King Institute of Preventive Medicine Micro-Biological Section reports 1912-19
Year: 1912
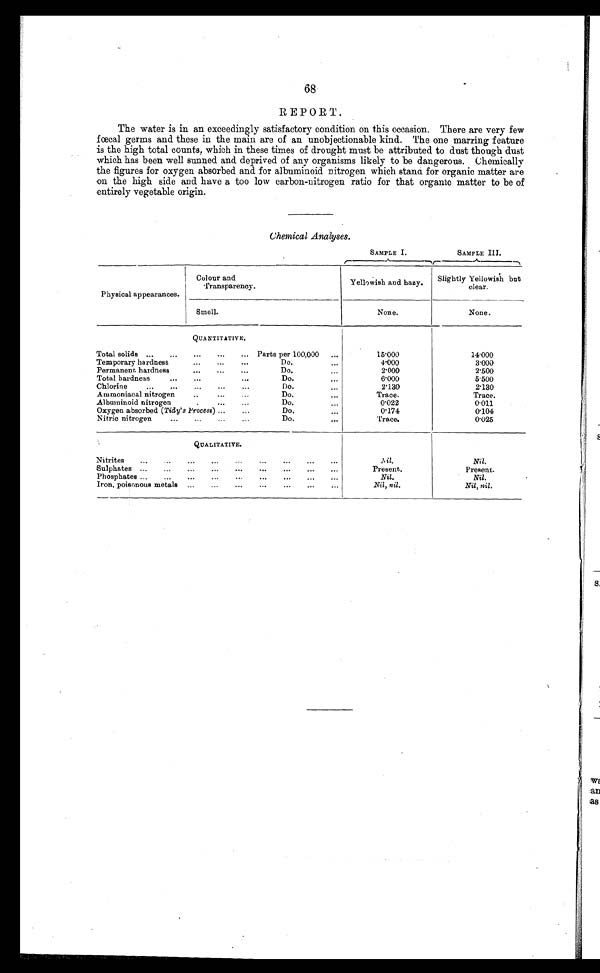
68
REPORT.
The water is in an exceedingly satisfactory condition on this occasion. There are very few
fœcal germs and these in the main are of an unobjectionable kind. The one marring feature
is the high total counts, which in these times of drought must be attributed to dust though dust
which has been well sunned and deprived of any organisms likely to be dangerous. Chemically
the figures for oxygen absorbed and for albuminoid nitrogen which stand for organic matter are
on the high side and have a too low carbon-nitrogen ratio for that organic matter to be of
entirely vegetable origin.
Chemical Analyses.
SAMPLE I.
SAMPLE III.
Physical appearances.
Colour and
Transparency.
Yellowish and hazy.
Slightly Yellowish but
clear.
Smell.
None.
None.
QUANTITATIVE.
Total solids ...
...
...
...
... Parts per 100,000
...
15.000
14.000
Temporary hardness
...
...
...
Do.
...
4.000
3.000
Permanent hardness
...
...
. . .
Do.
2.000
2.500
Total hardness
...
...
...
Do.
...
6.000
5.500
Chlorine
...
...
...
...
...
Do.
2.130
2.130
Ammoniacal nitrogen
... . . .
. . .
Do.
...
Trace.
Trace.
Albuminoid nitrogen
... . . .
. . .
Do.
...
0.022
0.011
Oxygen absorbed (Tidy' s Process) ...
...
Do.
...
0.174
0.104
Nitric nitrogen
...
...
...
...
Do.
...
Trace.
0.025
QUALITATIVE.
Nitrites
...
...
...
...
...
...
...
...
Nil.
Nil.
Sulphates ...
...
...
...
...
...
...
...
...
Present.
Present.
Phosphates ...
...
...
...
...
...
...
...
...
Nil.
Nil.
Iron, poisonous metals
...
...
...
...
...
...
...
Nil, nil.
Nil, nil.